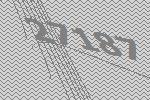
27187